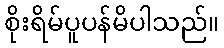
စိုးရိမ်ပူပန်မိပါသည်။